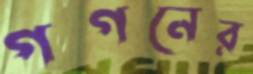
গগনের